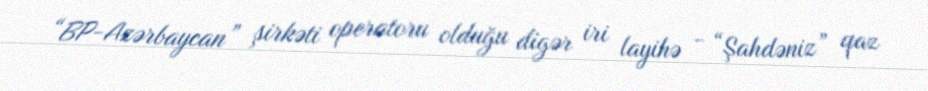
“BP-Azərbaycan” şirkəti operatoru olduğu digər iri layihə - “Şahdəniz” qaz